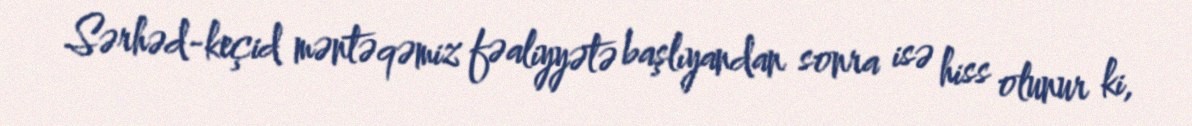
Sərhəd-keçid məntəqəmiz fəaliyyətə başlıyandan sonra isə hiss olunur ki,